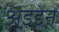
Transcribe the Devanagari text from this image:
अइडेन